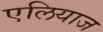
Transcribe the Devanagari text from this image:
एलियाज